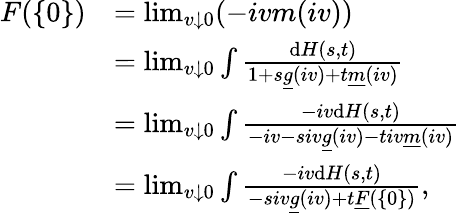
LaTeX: \begin{array}{rl}{F(\{ 0\} )}&{=\operatorname*{lim}_{v\downarrow 0}(-ivm(iv))}\\ &{=\operatorname*{lim}_{v\downarrow 0}\int\frac{\mathrm{d}H(s,t)}{1+s\underline{{g}}(iv)+t\underline{{m}}(iv)}}\\ &{=\operatorname*{lim}_{v\downarrow 0}\int\frac{-iv\mathrm{d}H(s,t)}{-iv-siv\underline{{g}}(iv)-tiv\underline{{m}}(iv)}}\\ &{=\operatorname*{lim}_{v\downarrow 0}\int\frac{-iv\mathrm{d}H(s,t)}{-siv\underline{{g}}(iv)+t\underline{{F}}(\{ 0\} )},}\end{array}